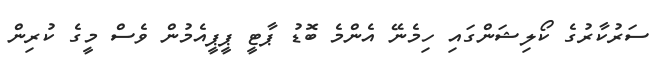
ސަރުކާރުގެ ކޯލިޝަންގައި ހިމެނޭ އެންމެ ބޮޑު ޕާޓީ ޕީޕީއެމުން ވެސް މީގެ ކުރިން